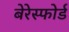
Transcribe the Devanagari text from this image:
बेरेस्फोर्ड